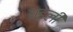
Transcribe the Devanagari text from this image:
धड़ेली